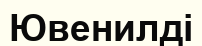
Ювенилді